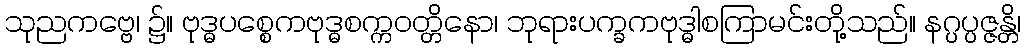
သုညကဗ္ဗေ၊ ၌။ ဗုဒ္ဓပစ္စေကဗုဒ္ဓစက္ကဝတ္တိနော၊ ဘုရားပက္ခကဗုဒ္ဓါစကြာမင်းတို့သည်။ နဂ္ပပ္ပဇ္ဇန္တိ၊